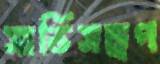
সার্ভিসড্রপ